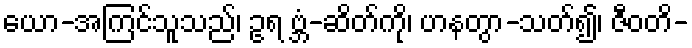
ယော-အကြင်သူသည်၊ ဥရ ဗ္ဘံ-ဆိတ်ကို၊ ဟနတွာ-သတ်၍၊ ဇီဝတိ-